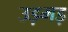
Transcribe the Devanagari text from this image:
उड़मड़